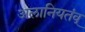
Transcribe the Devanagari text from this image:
अलानियतंव्